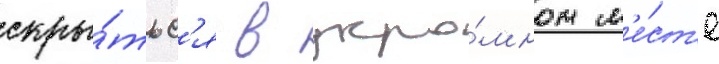
скры́тьс'я в укро́мном м'е́ст'е